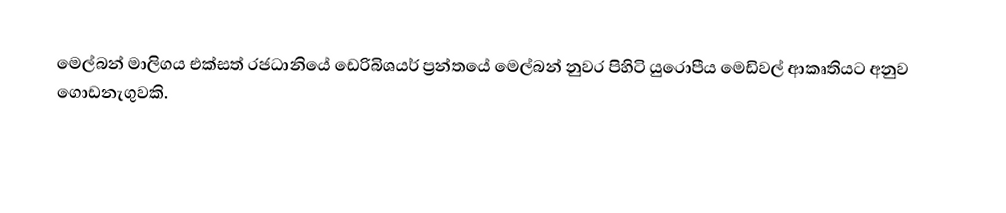
මෙල්බන් මාලිගය එක්සත් රජධානියේ ඩෙරිබිශයර් ප්‍රන්තයේ මෙල්බන් නුවර පිහිටි යුරොපීය මෙඩිවල් ආකෘතියට අනුව ගොඩනැගුවකි.